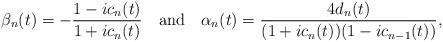
LaTeX: \begin{align*}\beta_{n}(t)=-\frac{1-ic_{n}(t)}{1+ic_{n}(t)}\quad\mbox{and}\quad\alpha_{n}(t)=\frac{4d_{n}(t)}{(1+ic_{n}(t))(1-ic_{n-1}(t))},\end{align*}